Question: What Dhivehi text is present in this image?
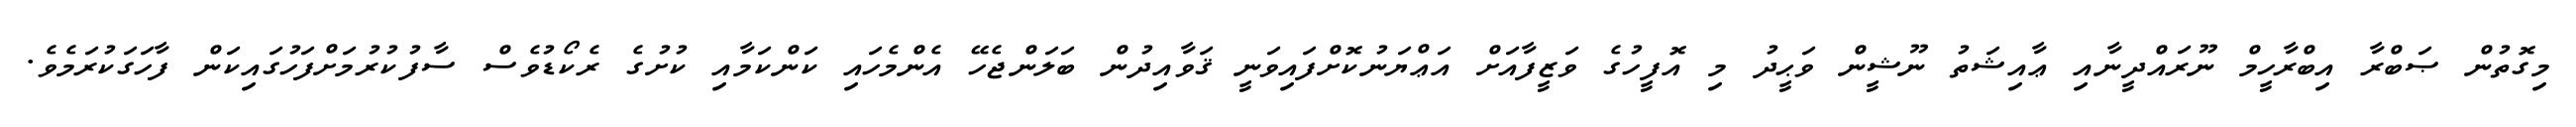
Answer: މިގޮތުން ޞަބްރާ އިބްރާހީމް ނޫރައްދީނާއި ޢާއިޝަތު ނޫޝީން ވަޙީދު މި އޮފީހުގެ ވަޒީފާއަށް އަޢްޔަނުކޮށްފައިވަނީ ޤަވާއިދުން ބަލަންޖެހޭ އެންމެހައި ކަންކަމާއި ކުށުގެ ރެކޯޑުވެސް ސާފުކުރުމަށްފަހުގައިކަން ފާހަގަކުރަމެވެ.